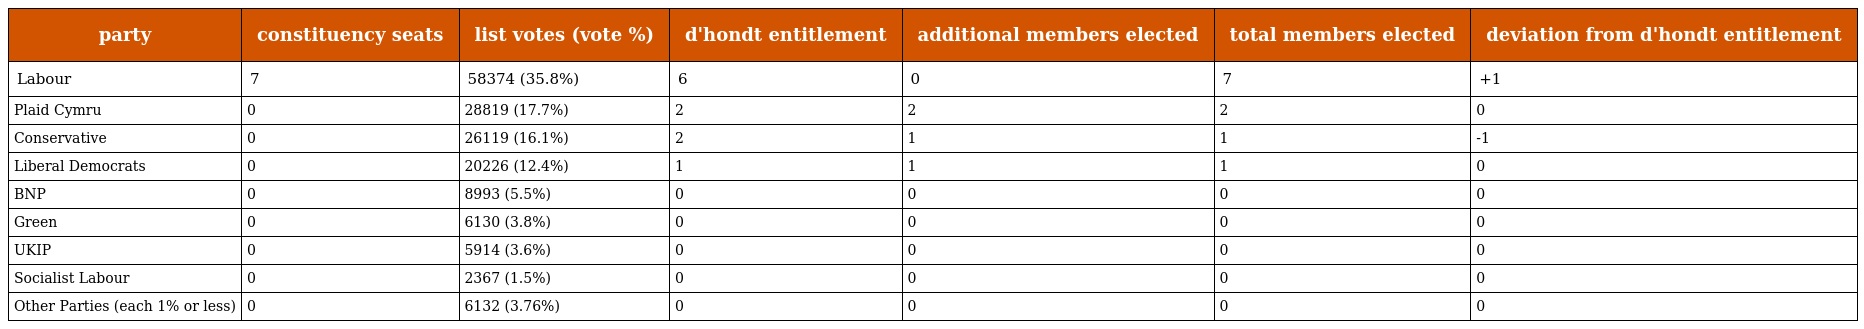
| party | constituency seats | list votes (vote %) | d'hondt entitlement | additional members elected | total members elected | deviation from d'hondt entitlement |
 | --- | --- | --- | --- | --- | --- | --- |
 | Labour | 7 | 58374 (35.8%) | 6 | 0 | 7 | +1 |
 | Plaid Cymru | 0 | 28819 (17.7%) | 2 | 2 | 2 | 0 |
 | Conservative | 0 | 26119 (16.1%) | 2 | 1 | 1 | -1 |
 | Liberal Democrats | 0 | 20226 (12.4%) | 1 | 1 | 1 | 0 |
 | BNP | 0 | 8993 (5.5%) | 0 | 0 | 0 | 0 |
 | Green | 0 | 6130 (3.8%) | 0 | 0 | 0 | 0 |
 | UKIP | 0 | 5914 (3.6%) | 0 | 0 | 0 | 0 |
 | Socialist Labour | 0 | 2367 (1.5%) | 0 | 0 | 0 | 0 |
 | Other Parties (each 1% or less) | 0 | 6132 (3.76%) | 0 | 0 | 0 | 0 |